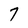
Character: 7